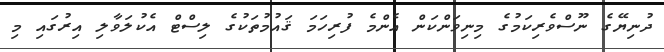
ދުނިޔޭގެ ނޫސްވެރިިކަމުގެ މިނިވަންކަން އެންމެ ފުރިހަމަ ޤައުމުތަކުގެ ލިސްޓް އެކުލަވާލި އިރުގައި މި